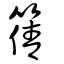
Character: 篟